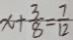
x + \frac { 3 } { 8 } = \frac { 7 } { 1 2 }